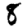
Digit: 8